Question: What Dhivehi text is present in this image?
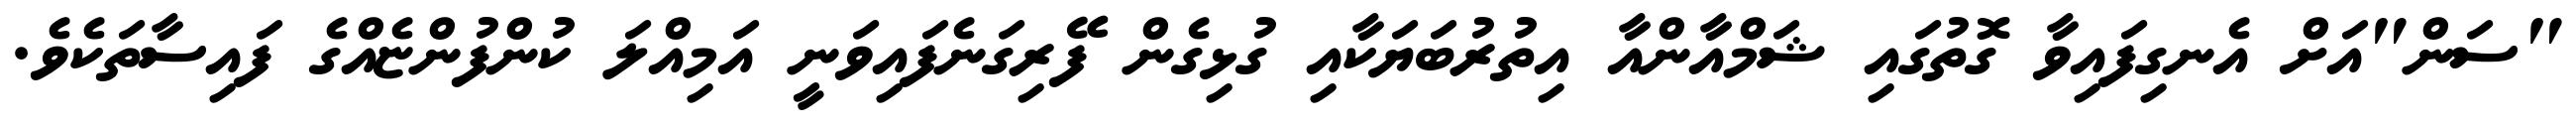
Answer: "ސަން"އަށް އެނގިފައިވާ ގޮތުގައި ޝަމްއާންއާ އިތުރުބަޔަކާއި ގުޅިގެން ފޭރިގަނެފައިވަނީ އަމިއްލަ ކުންފުންޏެއްގެ ފައިސާތަކެވެ.